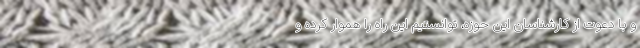
و با دعوت از کارشناسان این حوزه، توانستیم این راه را هموار کرده و